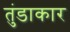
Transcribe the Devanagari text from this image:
तुंडाकार